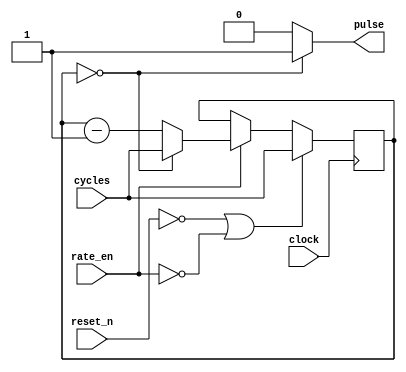
module rate_divider(cycles, clock, rate_en, reset_n, pulse);
input [28:0] cycles;
input clock, reset_n, rate_en;
reg [28:0] q;
output reg pulse;

always @(posedge clock)
begin
if ((reset_n == 1'b0) || (rate_en == 1'b0))
begin
    q <= cycles;
end
else if (rate_en == 1'b1)
    begin
        if (q == 0)
            q <= cycles;
        else
            q <= q - 1'b1;
        end

end

always @(*)
begin
if (q == 0)
    pulse = 1'b1;
else
    pulse = 1'b0;
end

endmodule